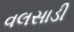
વલસાડી